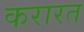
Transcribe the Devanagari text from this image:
करारत